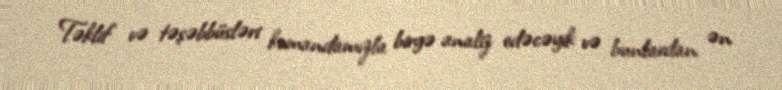
Təklif və təşəbbüsləri komandamızla birgə analiz edəcəyik və bunlardan ən